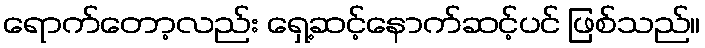
ရောက်တော့လည်း ရှေ့ဆင့်နောက်ဆင့်ပင် ဖြစ်သည်။